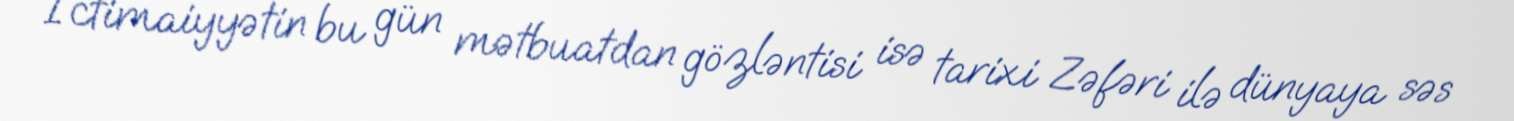
İctimaiyyətin bu gün mətbuatdan gözləntisi isə tarixi Zəfəri ilə dünyaya səs